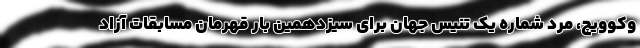
وکوویچ، مرد شماره یک تنیس جهان برای سیزدهمین بار قهرمان مسابقات آزاد